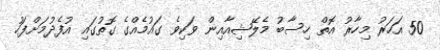
50 އަހަރު މިހާރު އޮތް ހިސާބު މެލޭޝިއާއިން ވަކިވެ ގައުމެއްގެ ގޮތުގައި އުފެދުމަށްފަހު